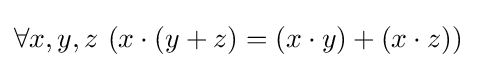
\forall x,y,z\ (x\cdot (y+z)=(x\cdot y)+(x\cdot z))